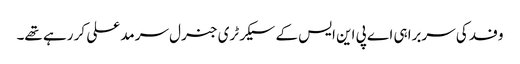
وفد کی سربراہی اے پی این ایس کے سیکرٹری جنرل سرمد علی کر رہے تھے۔